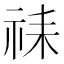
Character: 𫀇